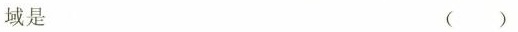
域是 ()